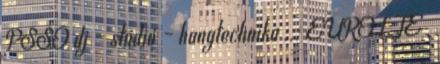
PSSO dj – stúdió – hangtechnika ::: EUROLTE